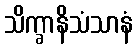
သိက္ခာနိသံသာနံ